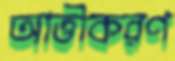
আত্তীকরণ